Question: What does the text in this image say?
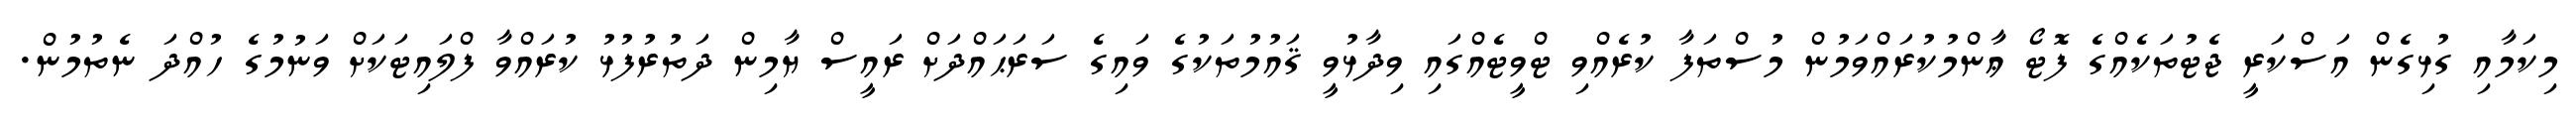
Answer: މިކަމާއި ގުޅިގެން އަސްކަރީ ޖެޓުތަކެއްގެ ފޮޓޯ ޢާންމުކުރައްވަމުން މުސްތަފާ ކުރެއްވި ޓްވީޓެއްގައި ވިދާޅުވީ ޤައުމުތަކުގެ ވައިގެ ސަރަޙައްދަށް ރައީސް ޔާމިން ދަތުރުފުޅު ކުރައްވާ ފްލައިޓަކަށް ވަނުމުގެ ހުއްދަ ނެތުމުން.